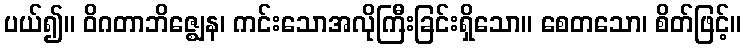
ပယ်၍။ ဝိဂတာဘိဇ္ဈေန၊ ကင်းသောအလိုကြီးခြင်းရှိသော။ စေတသော၊ စိတ်ဖြင့်။